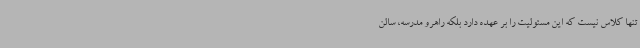
تنها کلاس نیست که این مسئولیت را بر عهده دارد بلکه راهرو مدرسه، سالن